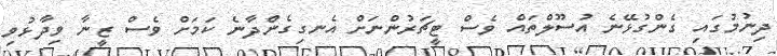
ދިނުމުގައި ގެންގުޅޭނެ އުސޫލްތައް ވެސް ޓީޗަރުންނަށް އެނގިގެންދާނެ ކަމަށް ވެސް ޒީނާ ވިދާޅުވި